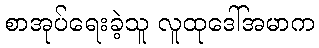
စာအုပ်ရေးခဲ့သူ လူထုဒေါ်အမာက